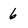
Character: 6